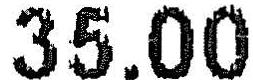
35.00